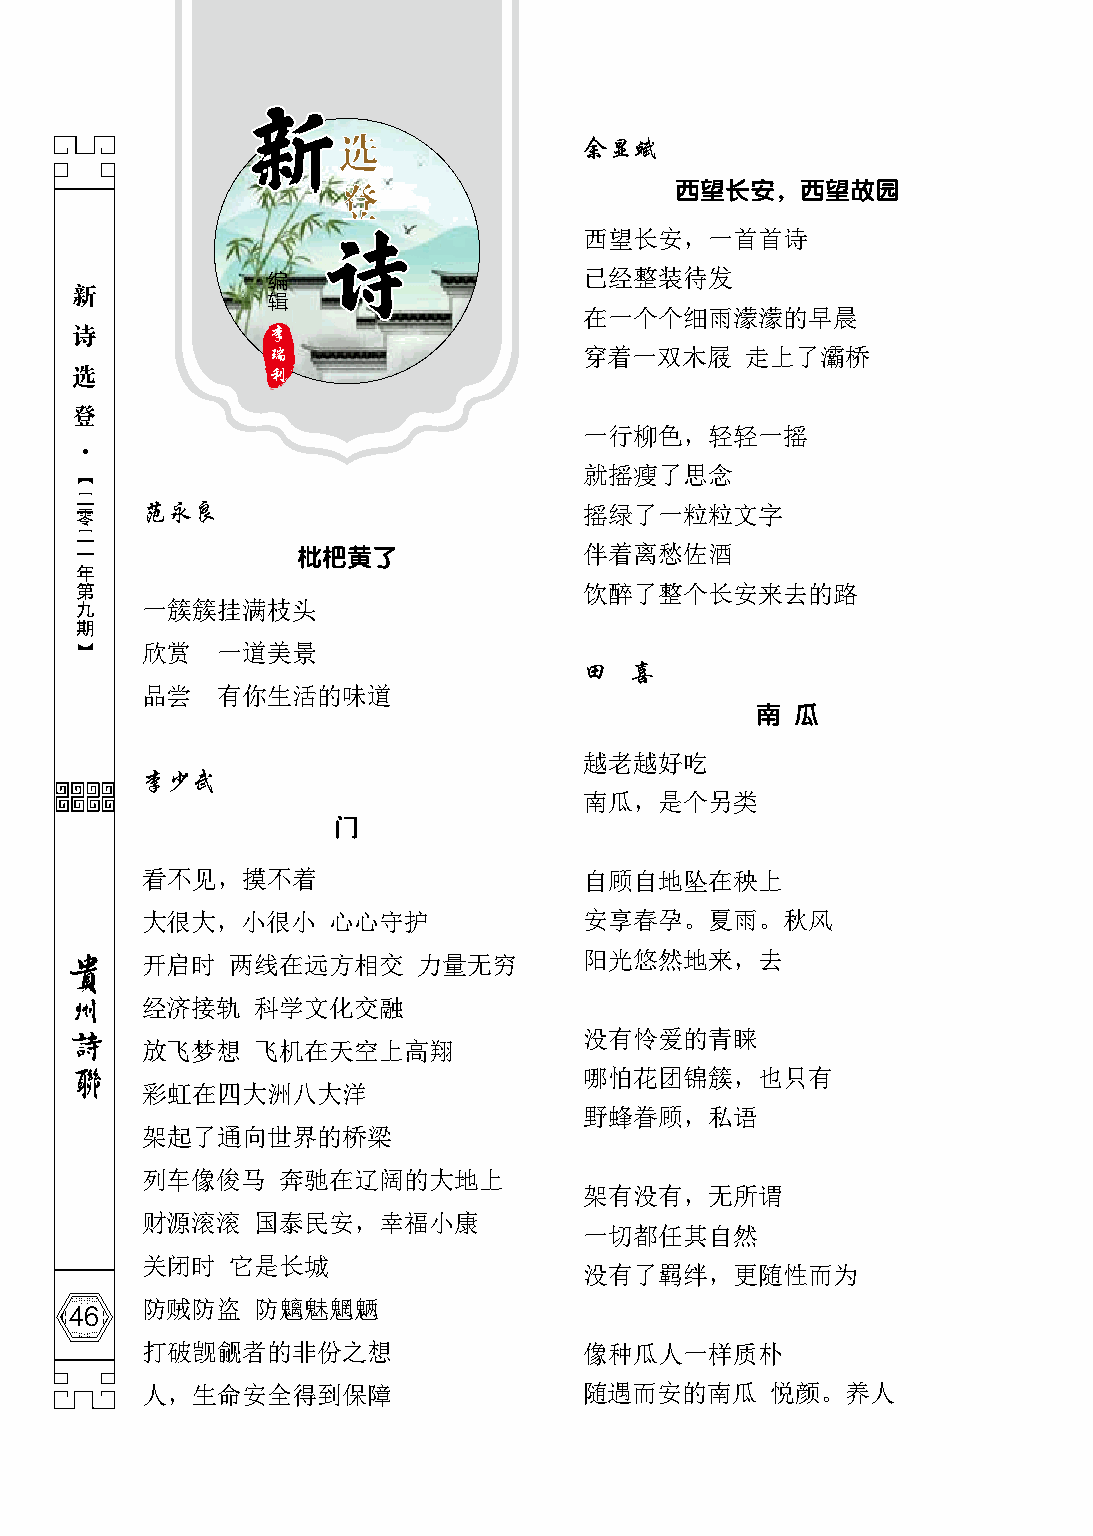
余显斌
 西望长安，西望故园
 西望长安，一首首诗
 已经整装待发
 新
 在一个个细雨濛濛的早晨
 诗
 穿着一双木屐    走上了灞桥
 选
 登
 一行柳色，轻轻一摇
 【                                 就摇瘦了思念
 二
 零   范永良                           摇绿了一粒粒文字
 二
 一              枇杷黄了               伴着离愁佐酒
 年
 第                                 饮醉了整个长安来去的路
 九   一簇簇挂满枝头
 期
 】   欣赏   一道美景
 田  喜
 品尝   有你生活的味道
 南  瓜
 越老越好吃
 李少武
 南瓜，是个另类
 门
 看不见，摸不着                       自顾自地坠在秧上
 大很大，小很小      心心守护             安享春孕。夏雨。秋风
 开启时   两线在远方相交      力量无穷       阳光悠然地来，去
 经济接轨    科学文化交融
 没有怜爱的青睐
 放飞梦想    飞机在天空上高翔
 哪怕花团锦簇，也只有
 彩虹在四大洲八大洋
 野蜂眷顾，私语
 架起了通向世界的桥梁
 列车像俊马    奔驰在辽阔的大地上
 架有没有，无所谓
 财源滚滚    国泰民安，幸福小康
 一切都任其自然
 关闭时   它是长城
 没有了羁绊，更随性而为
 46
 防贼防盗    防魑魅魍魉
 打破觊觎者的非份之想                    像种瓜人一样质朴
 人，生命安全得到保障                    随遇而安的南瓜     悦颜。养人